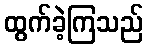
ထွက်ခဲ့ကြသည်